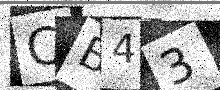
Text: CB43